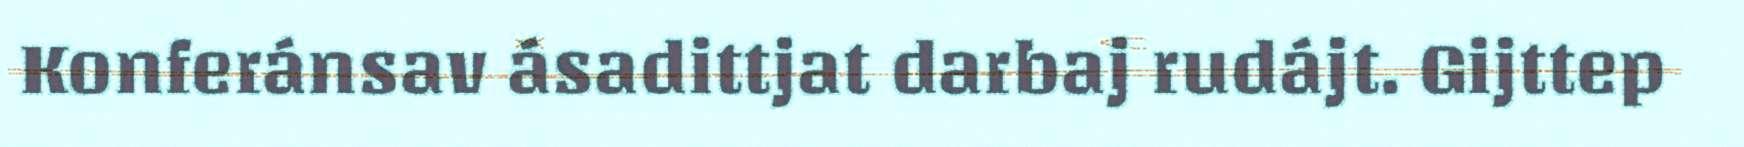
Konferánsav ásadittjat darbaj rudájt. Gijttep